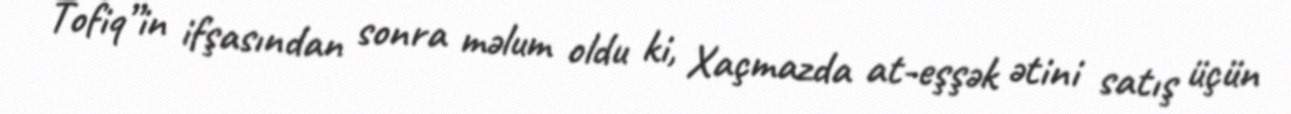
Tofiq”in ifşasından sonra məlum oldu ki, Xaçmazda at-eşşək ətini satış üçün